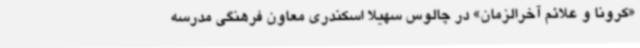
«کرونا و علائم آخرالزمان» در چالوس سهیلا اسکندری معاون فرهنگی مدرسه